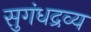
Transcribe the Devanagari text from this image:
सुगंधद्रव्य